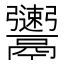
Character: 𩱫